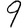
Digit: 9